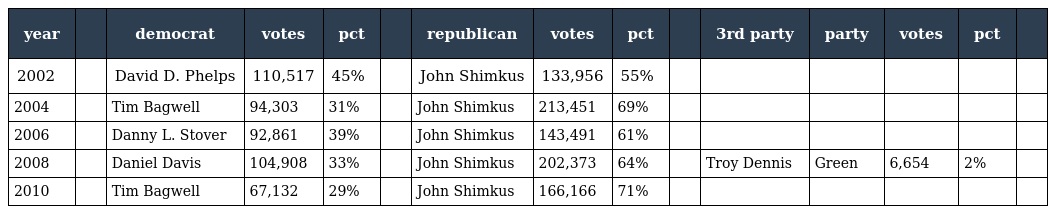
| year |  | democrat | votes | pct |  | republican | votes | pct |  | 3rd party | party | votes | pct |  |
 | --- | --- | --- | --- | --- | --- | --- | --- | --- | --- | --- | --- | --- | --- | --- |
 | 2002 |  | David D. Phelps | 110,517 | 45% |  | John Shimkus | 133,956 | 55% |  |  |  |  |  |  |
 | 2004 |  | Tim Bagwell | 94,303 | 31% |  | John Shimkus | 213,451 | 69% |  |  |  |  |  |  |
 | 2006 |  | Danny L. Stover | 92,861 | 39% |  | John Shimkus | 143,491 | 61% |  |  |  |  |  |  |
 | 2008 |  | Daniel Davis | 104,908 | 33% |  | John Shimkus | 202,373 | 64% |  | Troy Dennis | Green | 6,654 | 2% |  |
 | 2010 |  | Tim Bagwell | 67,132 | 29% |  | John Shimkus | 166,166 | 71% |  |  |  |  |  |  |